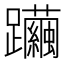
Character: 𨇿